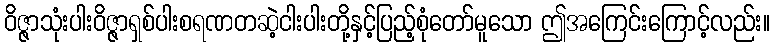
ဝိဇ္ဇာသုံးပါးဝိဇ္ဇာရှစ်ပါးစရဏတဆဲ့ငါးပါးတို့နှင့်ပြည့်စုံတော်မူသော ဤအကြေင်းကြောင့်လည်း။